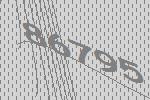
86795